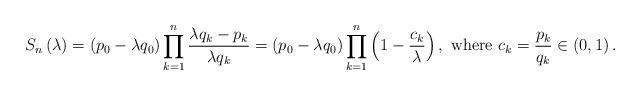
LaTeX: \begin{align*}S_n\left( \lambda \right)=\left( p_0-\lambda q_0 \right)\prod_{k=1}^n\frac{\lambda q_k-p_k}{\lambda q_k}=\left( p_0-\lambda q_0 \right)\prod_{k=1}^n\left(1-\frac{c_k}{\lambda} \right), \mbox{ where } c_k=\frac{p_k}{q_k} \in \left( 0,1 \right).\end{align*}